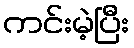
ကင်းမဲ့ပြီး